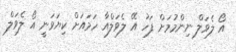
އޯ ލެވަލް ނިންމުމަށް ފަހު އޭ ލެވަލްއާ ހަމައަށް ކިޔަވަނީ އޯ ލެވަލް